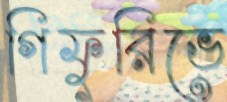
গিফুরিভে